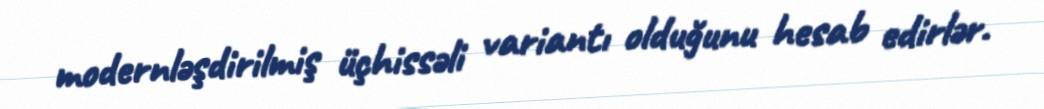
modernləşdirilmiş üçhissəli variantı olduğunu hesab edirlər.